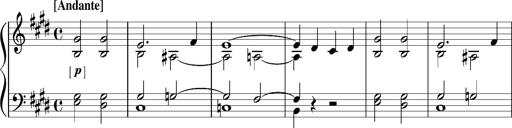
Title: Resignazione, S.187a/b
Composer: Franz Liszt